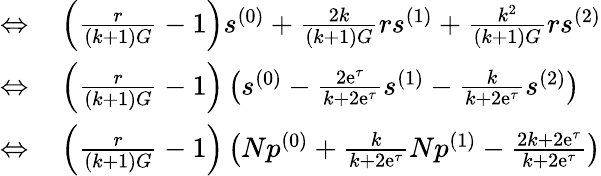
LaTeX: \begin{array}{rl}{\Leftrightarrow}&{{}\left(\frac{r}{(k+1)G}-1\right)s^{(0)}+\frac{2k}{(k+1)G}rs^{(1)}+\frac{k^{2}}{(k+1)G}rs^{(2)}}\\ {\Leftrightarrow}&{{}\left(\frac{r}{(k+1)G}-1\right)\left(s^{(0)}-\frac{2\mathrm{e}^{\tau}}{k+2\mathrm{e}^{\tau}}s^{(1)}-\frac{k}{k+2\mathrm{e}^{\tau}}s^{(2)}\right)}\\ {\Leftrightarrow}&{{}\left(\frac{r}{(k+1)G}-1\right)\left(Np^{(0)}+\frac{k}{k+2\mathrm{e}^{\tau}}Np^{(1)}-\frac{2k+2\mathrm{e}^{\tau}}{k+2\mathrm{e}^{\tau}}\right)}\end{array}